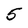
Character: 5